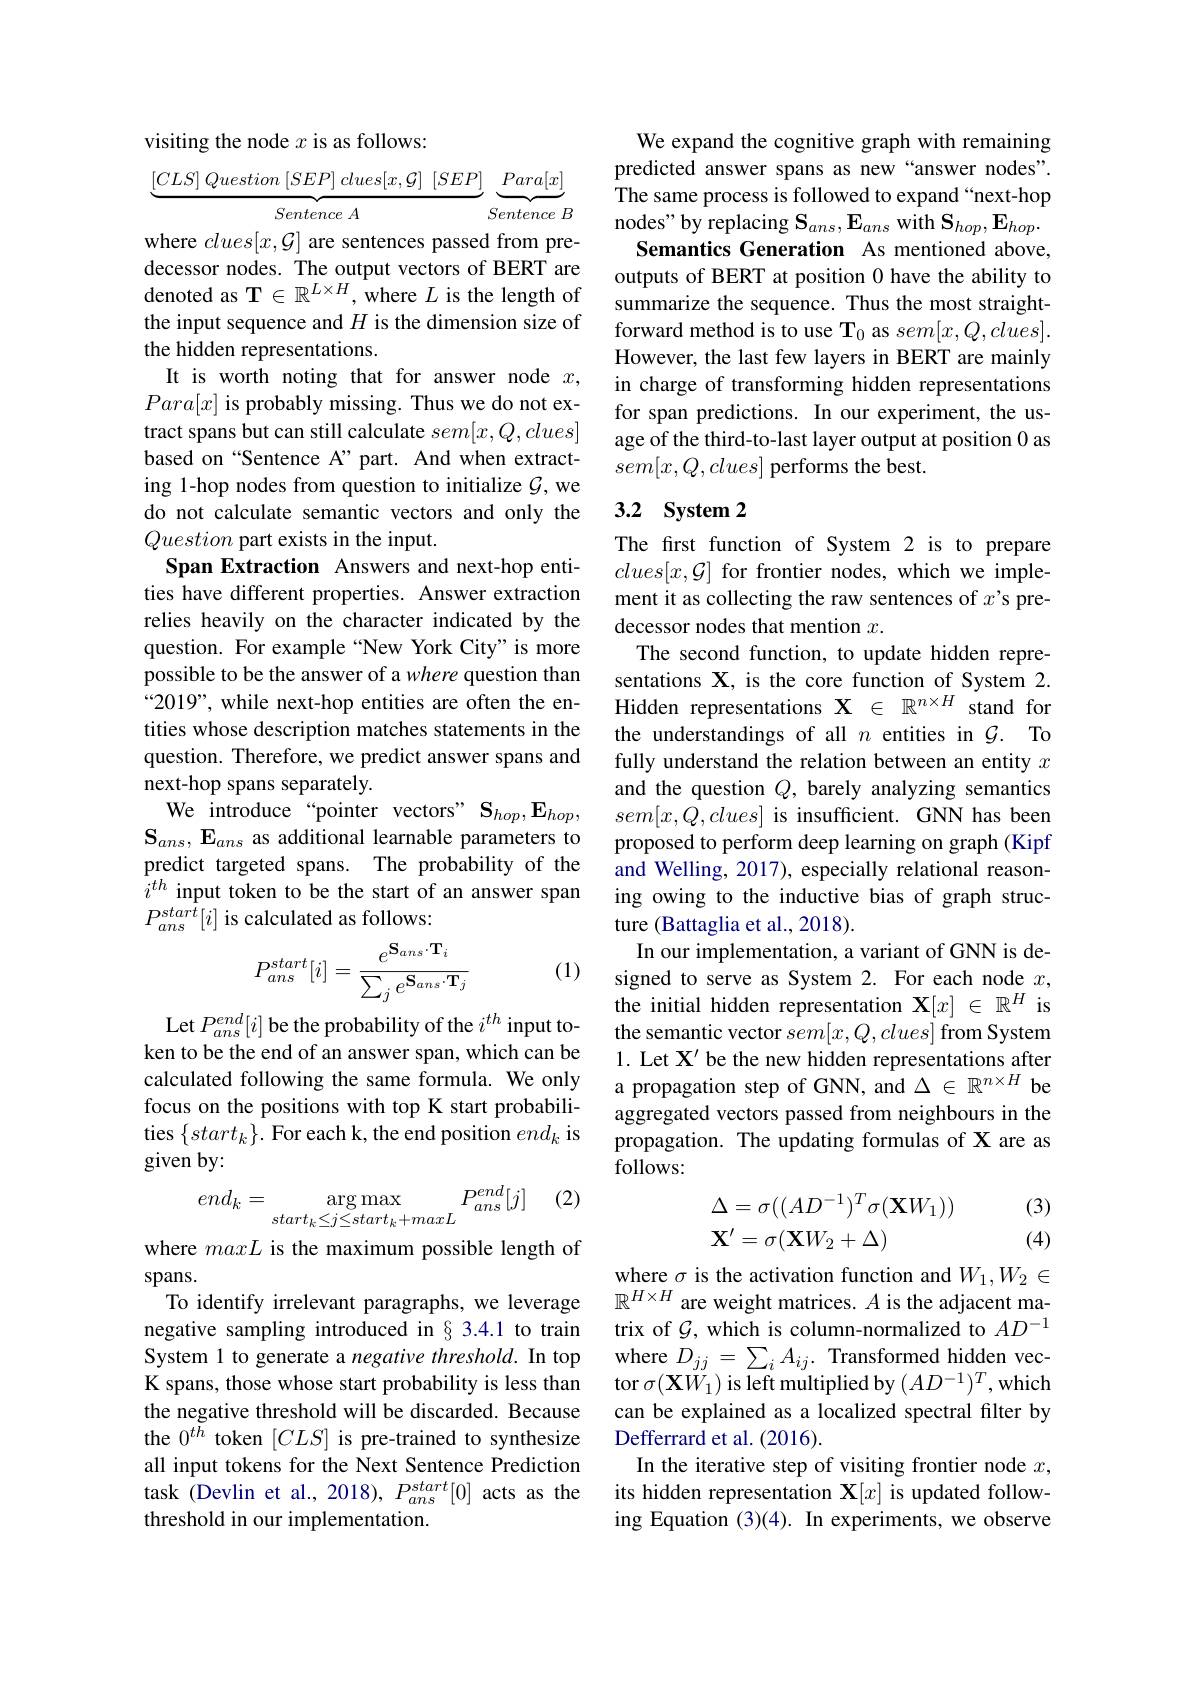
visiting the node $x$ is as follows:
$[ CLS]$ Question $[ SEP]$ $clues[ x, \mathcal{G} ]$ $[ SEP]$ $Para[ x]$

Sentence $A$
Sentence $B$
where $clues[x,\mathcal{G}]$ are sentences passed from predecessor nodes. The output vectors of BERT are denoted as $\mathbf{T}\in\mathbb{R}^{L\times H}$,where $L$ is the length of the input sequence and $H$ is the dimension size of the hidden representations.
It is worth noting that for answer node $x$, $Para[x]$ is probably missing. Thus we do not extract spans but can still calculate $sem[x,Q,clues]$ based on “Sentence A”part. And when extracting 1-hop nodes from question to initialize $\mathcal{G}$,we do not calculate semantic vectors and only the Question part exists in the input.
Span Extraction Answers and next-hop entities have different properties. Answer extraction relies heavily on the character indicated by the question. For example “New York City”is more possible to be the answer of a where question than “2019”, while next-hop entities are often the entities whose description matches statements in the question. Therefore, we predict answer spans and next-hop spans separately.
We introduce “pointer vectors” $\mathbf{S}_{hop},\mathbf{E}_{hop}$, $\mathbf{S}_{ans},\mathbf{E}_{ans}$ as additional learnable parameters to predict targeted spans. The probability of the $i^{th}$ input token to be the start of an answer span $P_{ans}^{star\tilde{t}}[i]$ is calculated as follows:
$$P_{ans}^{start}[i]=\frac{e^{\mathbf{S}_{ans}\cdot\mathbf{T}_i}}{\sum_je^{\mathbf{S}_{ans}\cdot\mathbf{T}_j}}$$
(1)

Let $P_{ans}^{end}[i]$ be the probability of the $i^th$ input token to be the end of an answer span, which can be calculated following the same formula. We only focus on the positions with top K start probabilities $\{start_{k}\}.$ For each k, the end position $end_{k}$ is given by:

(2)
$$end_k=\underset{start_k\leq j\leq start_k+maxL}{\operatorname*{\arg\max}}P_{ans}^{end}[j]$$
where maxL is the maximum possible length of
spans.
To identify irrelevant paragraphs, we leverage negative sampling introduced in§3.4.1 to train System 1 to generate a negative threshold. In top where $D_jj=\sum_iA_{ij}.$ Transformed hidden vecK spans, those whose start probability is less than tor $\sigma(\mathbf{X}W_1)$ is left multiplied by $(AD^{-1})^T$,which
the negative threshold will be discarded. Because the $0^{t\tilde{h}}$ token $[CLS]$ is pre-trained to synthesize all input tokens for the Next Sentence Prediction task (Devlin et al., 2018), $P_{ans}^{start}[0]$ acts as the threshold in our implementation.

We expand the cognitive graph with remaining predicted answer spans as new “answer nodes”. The same process is followed to expand “next-hop nodes" by replacing $\mathbf{S}_{ans},\mathbf{E}_{ans}$ with $\mathbf{S}_{hop},\mathbf{E}_{hop}.$
Semantics Generation As mentioned above, outputs of BERT at position 0 have the ability to summarize the sequence. Thus the most straightforward method is to use T$_0$ as $sem[x,Q,clues].$ However, the last few layers in BERT are mainly in charge of transforming hidden representations for span predictions. In our experiment, the usage of the third-to-last layer output at position 0 as $sem[x,Q,clues]$ performs the best.

## 3.2 System 2

The first function of System 2 is to prepare $clues[x,\mathcal{G}]$ for frontier nodes, which we implement it as collecting the raw sentences of $x’$s predecessor nodes that mention $x.$
The second function, to update hidden representations X, is the core function of System 2. Hidden representations $\mathbf{X}\in\mathbb{R}^{n\times H}$ stand for the understandings of all $n$ entities in $\mathcal{G}.$ To fully understand the relation between an entity $x$ and the question $Q$, barely analyzing semantics $sem[x,Q,clues]$ is insufficient. GNN has been proposed to perform deep learning on graph (Kipf and Welling, 2017), especially relational reasoning owing to the inductive bias of graph structure (Battaglia et al., 2018)
In our implementation, a variant of GNN is designed to serve as System 2. For each node $x$, the initial hidden representation $\mathbf{X}[x]\in\mathbb{R}^H$ is the semantic vector $sem[x,Q,clues]$ from System 1. Let $\mathbf{X}^{\prime}$ be the new hidden representations after a propagation step of GNN, and $\Delta\in\mathbb{R}^{n\times H}$ be aggregated vectors passed from neighbours in the propagation. The updating formulas of X are as follows:
$$\begin{array}{l}\Delta=\sigma((AD^{-1})^T\sigma(\mathbf{X}W_1))\\\mathbf{X}'=\sigma(\mathbf{X}W_2+\Delta)\end{array}$$
(3) (4)

where $\sigma$ is the activation function and $W_1,W_2\in$ $\mathbb{R}^{H\times H}$ are weight matrices. $A$ is the adjacent matrix of $\mathcal{G}$, which is column-normalized to $AD^{-1}$ can be explained as a localized spectral filter by Defferrard et al.(2016).
In the iterative step of visiting frontier node $x$, its hidden representation X$[x]$ is updated following Equation (3)(4). In experiments, we observe